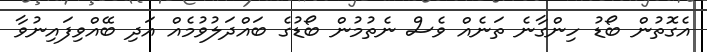
އެގޮތުން ބޯޑު ހިންގާނެ ތަނެއް ވެސް ނެތުމުން ބޯޑުގެ ބައްދަލުވުމެއް އަދި ބޭއްވިފައިނުވާ